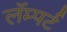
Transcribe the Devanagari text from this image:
लॅम्पर्ट